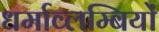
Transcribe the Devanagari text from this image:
धर्माव्लम्बियों